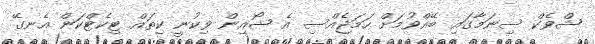
ޝްވެކް ސިނަމާގައި ބޭއްވުމަށް ހަމަޖެއްސި އެ ޝޯއިން ވިކުނީ ކިތައް ޓިކެޓްކަން އެނގޭ